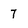
Character: 7